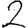
Digit: 2